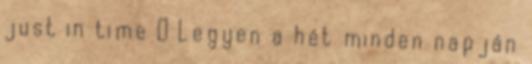
just in time  Legyen a hét minden napján